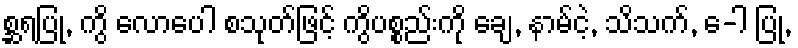
စ္ဆရပြု, ကွိ လောပေါ စသုတ်ဖြင့် ကွိပစ္စည်းကို ချေ, နာမ်ငဲ့, သိသက်, ေ-ါ ပြု,